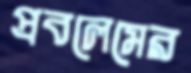
প্রবলেমের